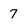
Character: 7